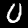
Digit: 0